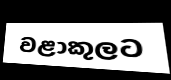
වළාකුලට